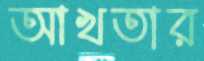
আখতার